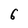
Character: 6